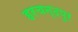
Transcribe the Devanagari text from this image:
हरचन्दपुर